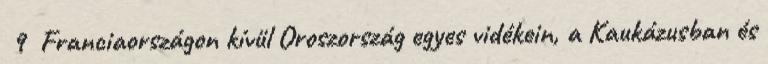
9 Franciaországon kívül Oroszország egyes vidékein, a Kaukázusban és